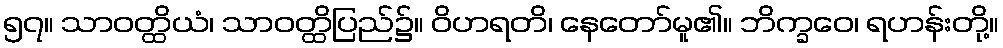
၅၇။ သာဝတ္ထိယံ၊ သာဝတ္ထိပြည်၌။ ဝိဟရတိ၊ နေတော်မူ၏။ ဘိက္ခဝေ၊ ရဟန်းတို့။